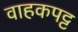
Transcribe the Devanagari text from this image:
वाहकपट्ट